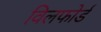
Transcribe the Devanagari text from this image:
विलफोर्ड